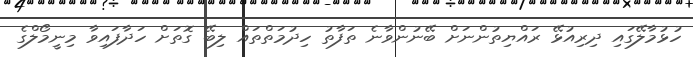
ހުޅުމާލޭގައި ދިރިއުޅޭ ރައްޔިތުންނަށް ބޭނުންވާނެ ތަފާތު ހިދުމަތްތައް ލިބޭ ގޮތަށް ހަދާފައިވާ މިނީމޯލްގެ